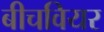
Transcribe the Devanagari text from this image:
बीचवियर